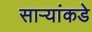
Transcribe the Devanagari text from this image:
सार्‍यांकडे